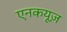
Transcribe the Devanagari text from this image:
एनकयूज़